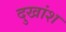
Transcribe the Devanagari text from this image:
दुखांश